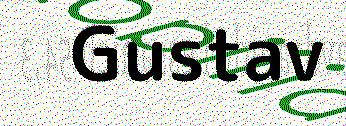
Gustav